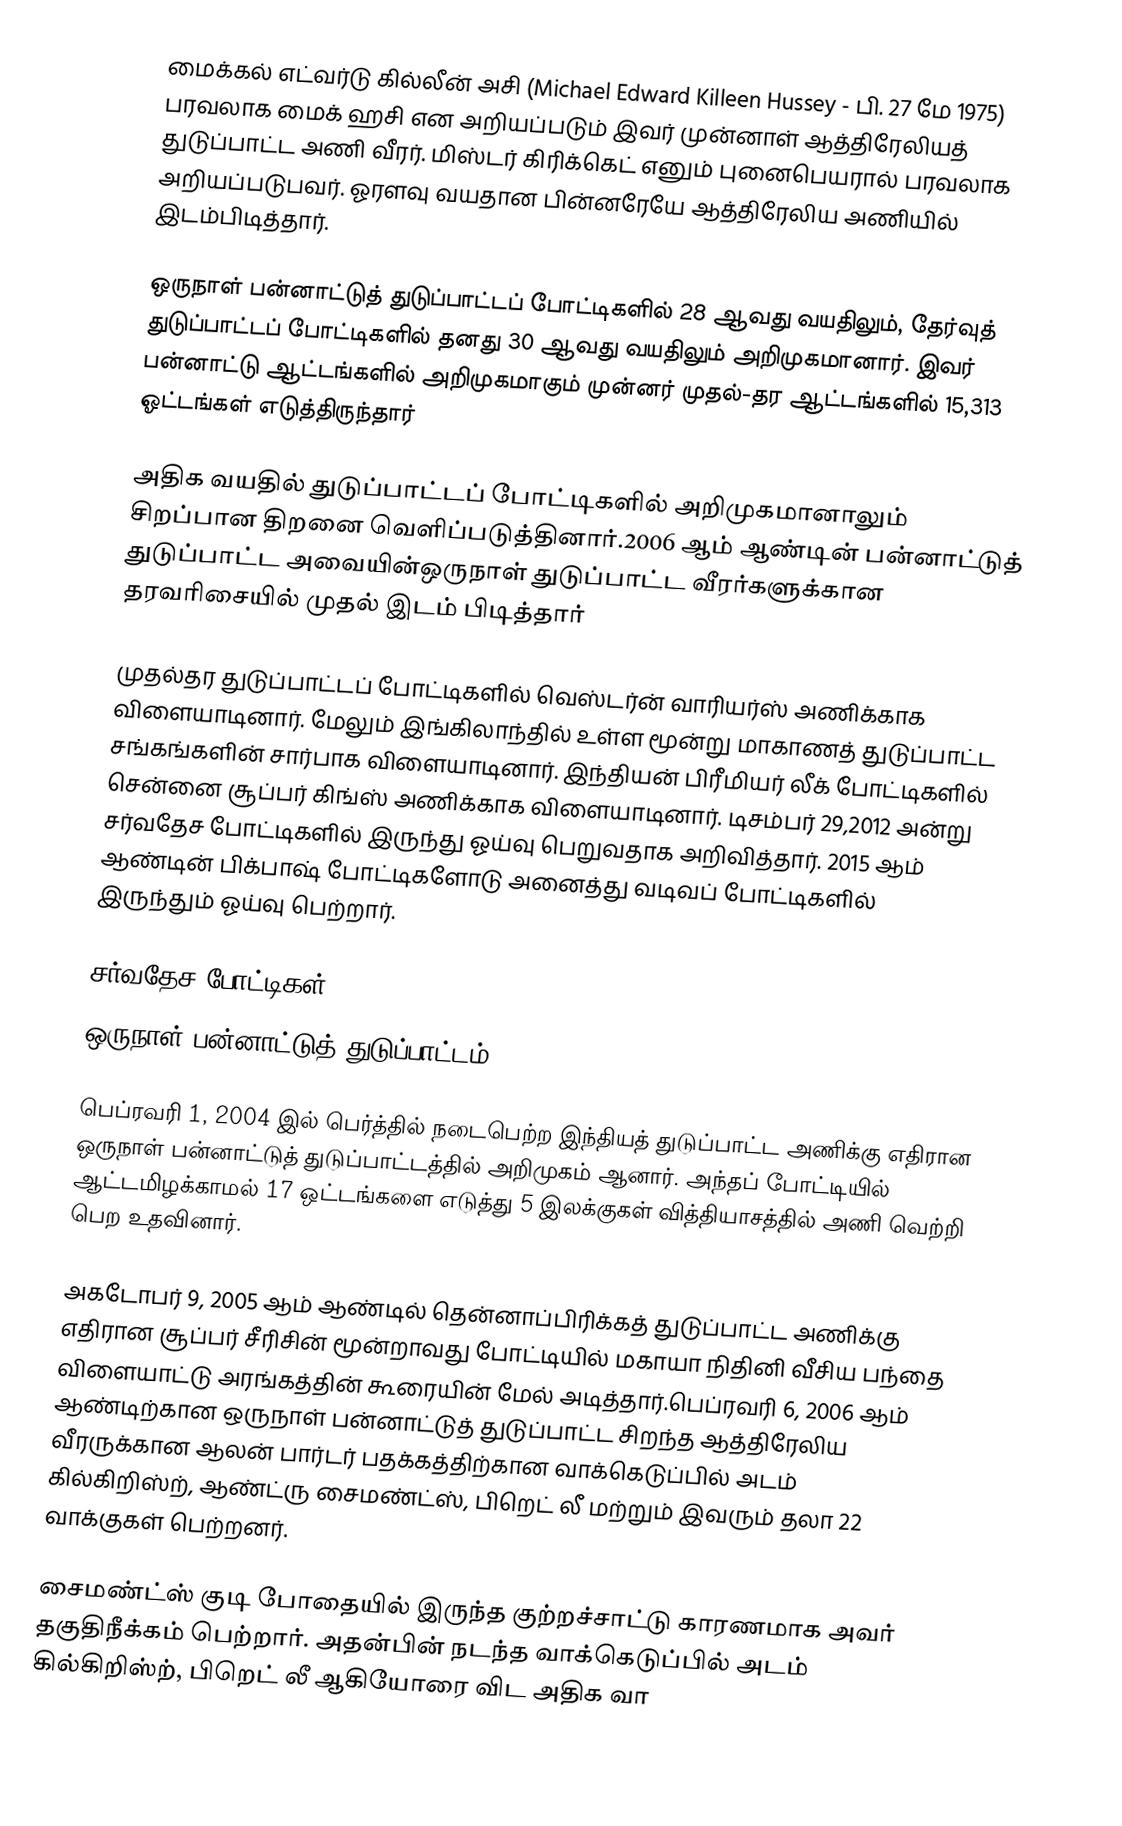
மைக்கல் எட்வர்டு கில்லீன் அசி (Michael Edward Killeen Hussey  - பி. 27 மே 1975)  பரவலாக மைக் ஹசி என அறியப்படும் இவர் முன்னாள் ஆத்திரேலியத் துடுப்பாட்ட அணி வீரர். மிஸ்டர் கிரிக்கெட் எனும் புனைபெயரால் பரவலாக அறியப்படுபவர். ஓரளவு வயதான பின்னரேயே ஆத்திரேலிய அணியில் இடம்பிடித்தார்.

ஒருநாள் பன்னாட்டுத் துடுப்பாட்டப் போட்டிகளில் 28 ஆவது வயதிலும், தேர்வுத் துடுப்பாட்டப் போட்டிகளில் தனது 30 ஆவது வயதிலும் அறிமுகமானார். இவர் பன்னாட்டு ஆட்டங்களில் அறிமுகமாகும் முன்னர் முதல்-தர ஆட்டங்களில் 15,313 ஓட்டங்கள் எடுத்திருந்தார்

அதிக வயதில் துடுப்பாட்டப் போட்டிகளில் அறிமுகமானாலும் சிறப்பான திறனை வெளிப்படுத்தினார்.2006 ஆம் ஆண்டின் பன்னாட்டுத் துடுப்பாட்ட அவையின்ஒருநாள் துடுப்பாட்ட வீரர்களுக்கான தரவரிசையில் முதல் இடம் பிடித்தார்

முதல்தர துடுப்பாட்டப் போட்டிகளில் வெஸ்டர்ன் வாரியர்ஸ் அணிக்காக விளையாடினார். மேலும் இங்கிலாந்தில் உள்ள மூன்று மாகாணத் துடுப்பாட்ட சங்கங்களின் சார்பாக விளையாடினார். இந்தியன் பிரீமியர் லீக் போட்டிகளில் சென்னை சூப்பர் கிங்ஸ் அணிக்காக விளையாடினார். டிசம்பர் 29,2012 அன்று சர்வதேச போட்டிகளில் இருந்து ஓய்வு பெறுவதாக அறிவித்தார். 2015 ஆம் ஆண்டின் பிக்பாஷ் போட்டிகளோடு அனைத்து வடிவப் போட்டிகளில் இருந்தும் ஓய்வு பெற்றார்.

சர்வதேச போட்டிகள்
ஒருநாள் பன்னாட்டுத் துடுப்பாட்டம்

பெப்ரவரி 1, 2004 இல் பெர்த்தில் நடைபெற்ற இந்தியத் துடுப்பாட்ட அணிக்கு எதிரான ஒருநாள் பன்னாட்டுத் துடுப்பாட்டத்தில் அறிமுகம் ஆனார். அந்தப் போட்டியில் ஆட்டமிழக்காமல் 17 ஒட்டங்களை எடுத்து 5 இலக்குகள் வித்தியாசத்தில்  அணி வெற்றி பெற  உதவினார்.

அகடோபர் 9, 2005 ஆம் ஆண்டில் தென்னாப்பிரிக்கத் துடுப்பாட்ட அணிக்கு எதிரான சூப்பர் சீரிசின் மூன்றாவது போட்டியில் மகாயா நிதினி வீசிய பந்தை விளையாட்டு அரங்கத்தின் கூரையின் மேல் அடித்தார்.பெப்ரவரி 6, 2006 ஆம் ஆண்டிற்கான ஒருநாள் பன்னாட்டுத் துடுப்பாட்ட சிறந்த ஆத்திரேலிய வீரருக்கான ஆலன் பார்டர் பதக்கத்திற்கான வாக்கெடுப்பில் அடம் கில்கிறிஸ்ற், ஆண்ட்ரு சைமண்ட்ஸ், பிறெட் லீ மற்றும் இவரும் தலா 22 வாக்குகள் பெற்றனர்.

சைமண்ட்ஸ் குடி போதையில் இருந்த குற்றச்சாட்டு காரணமாக அவர் தகுதிநீக்கம் பெற்றார். அதன்பின் நடந்த வாக்கெடுப்பில் அடம் கில்கிறிஸ்ற், பிறெட் லீ ஆகியோரை விட அதிக வா